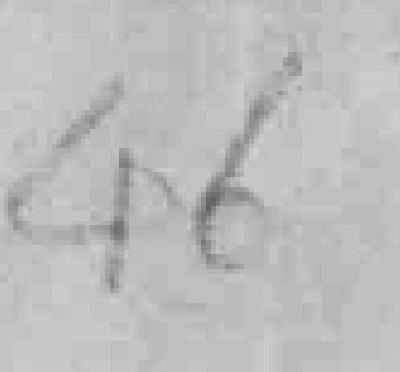
46